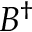
B ^ { \dagger }